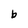
Character: b